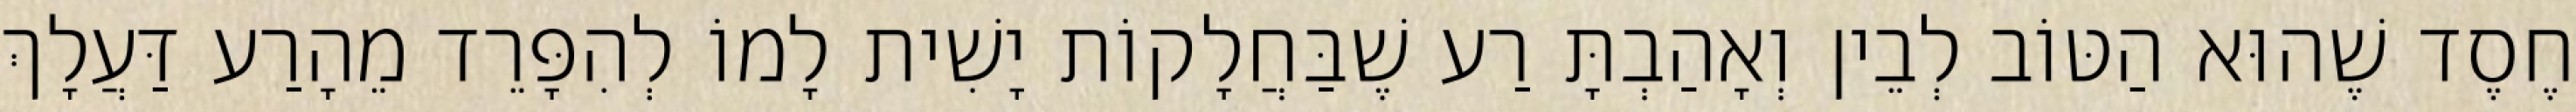
חֶסֶד שֶׁהוּא הַטּוֹב לְבֵין וְאָהַבְתָּ רַע שֶׁבַּחֲלָקוֹת יָשִׁית לָמוֹ לְהִפָּרֵד מֵהָרַע דַּעֲלָךְ